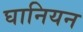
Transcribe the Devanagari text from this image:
घानियन